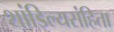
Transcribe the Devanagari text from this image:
शांडिल्यसंहिता